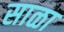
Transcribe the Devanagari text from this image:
साळा